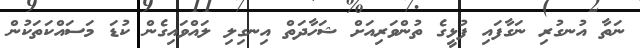
ނަތާ އުނގުރި ނަގާފައި ފުޅީގެ ތުންވަރިއަށް ޝަހާދަތް އިނގިލި ލައްވައިގެން ކުޑަ މަސައްކަތަކުން